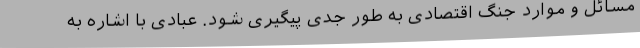
مسائل و موارد جنگ اقتصادی به طور جدی پیگیری شود. عبادی با اشاره به